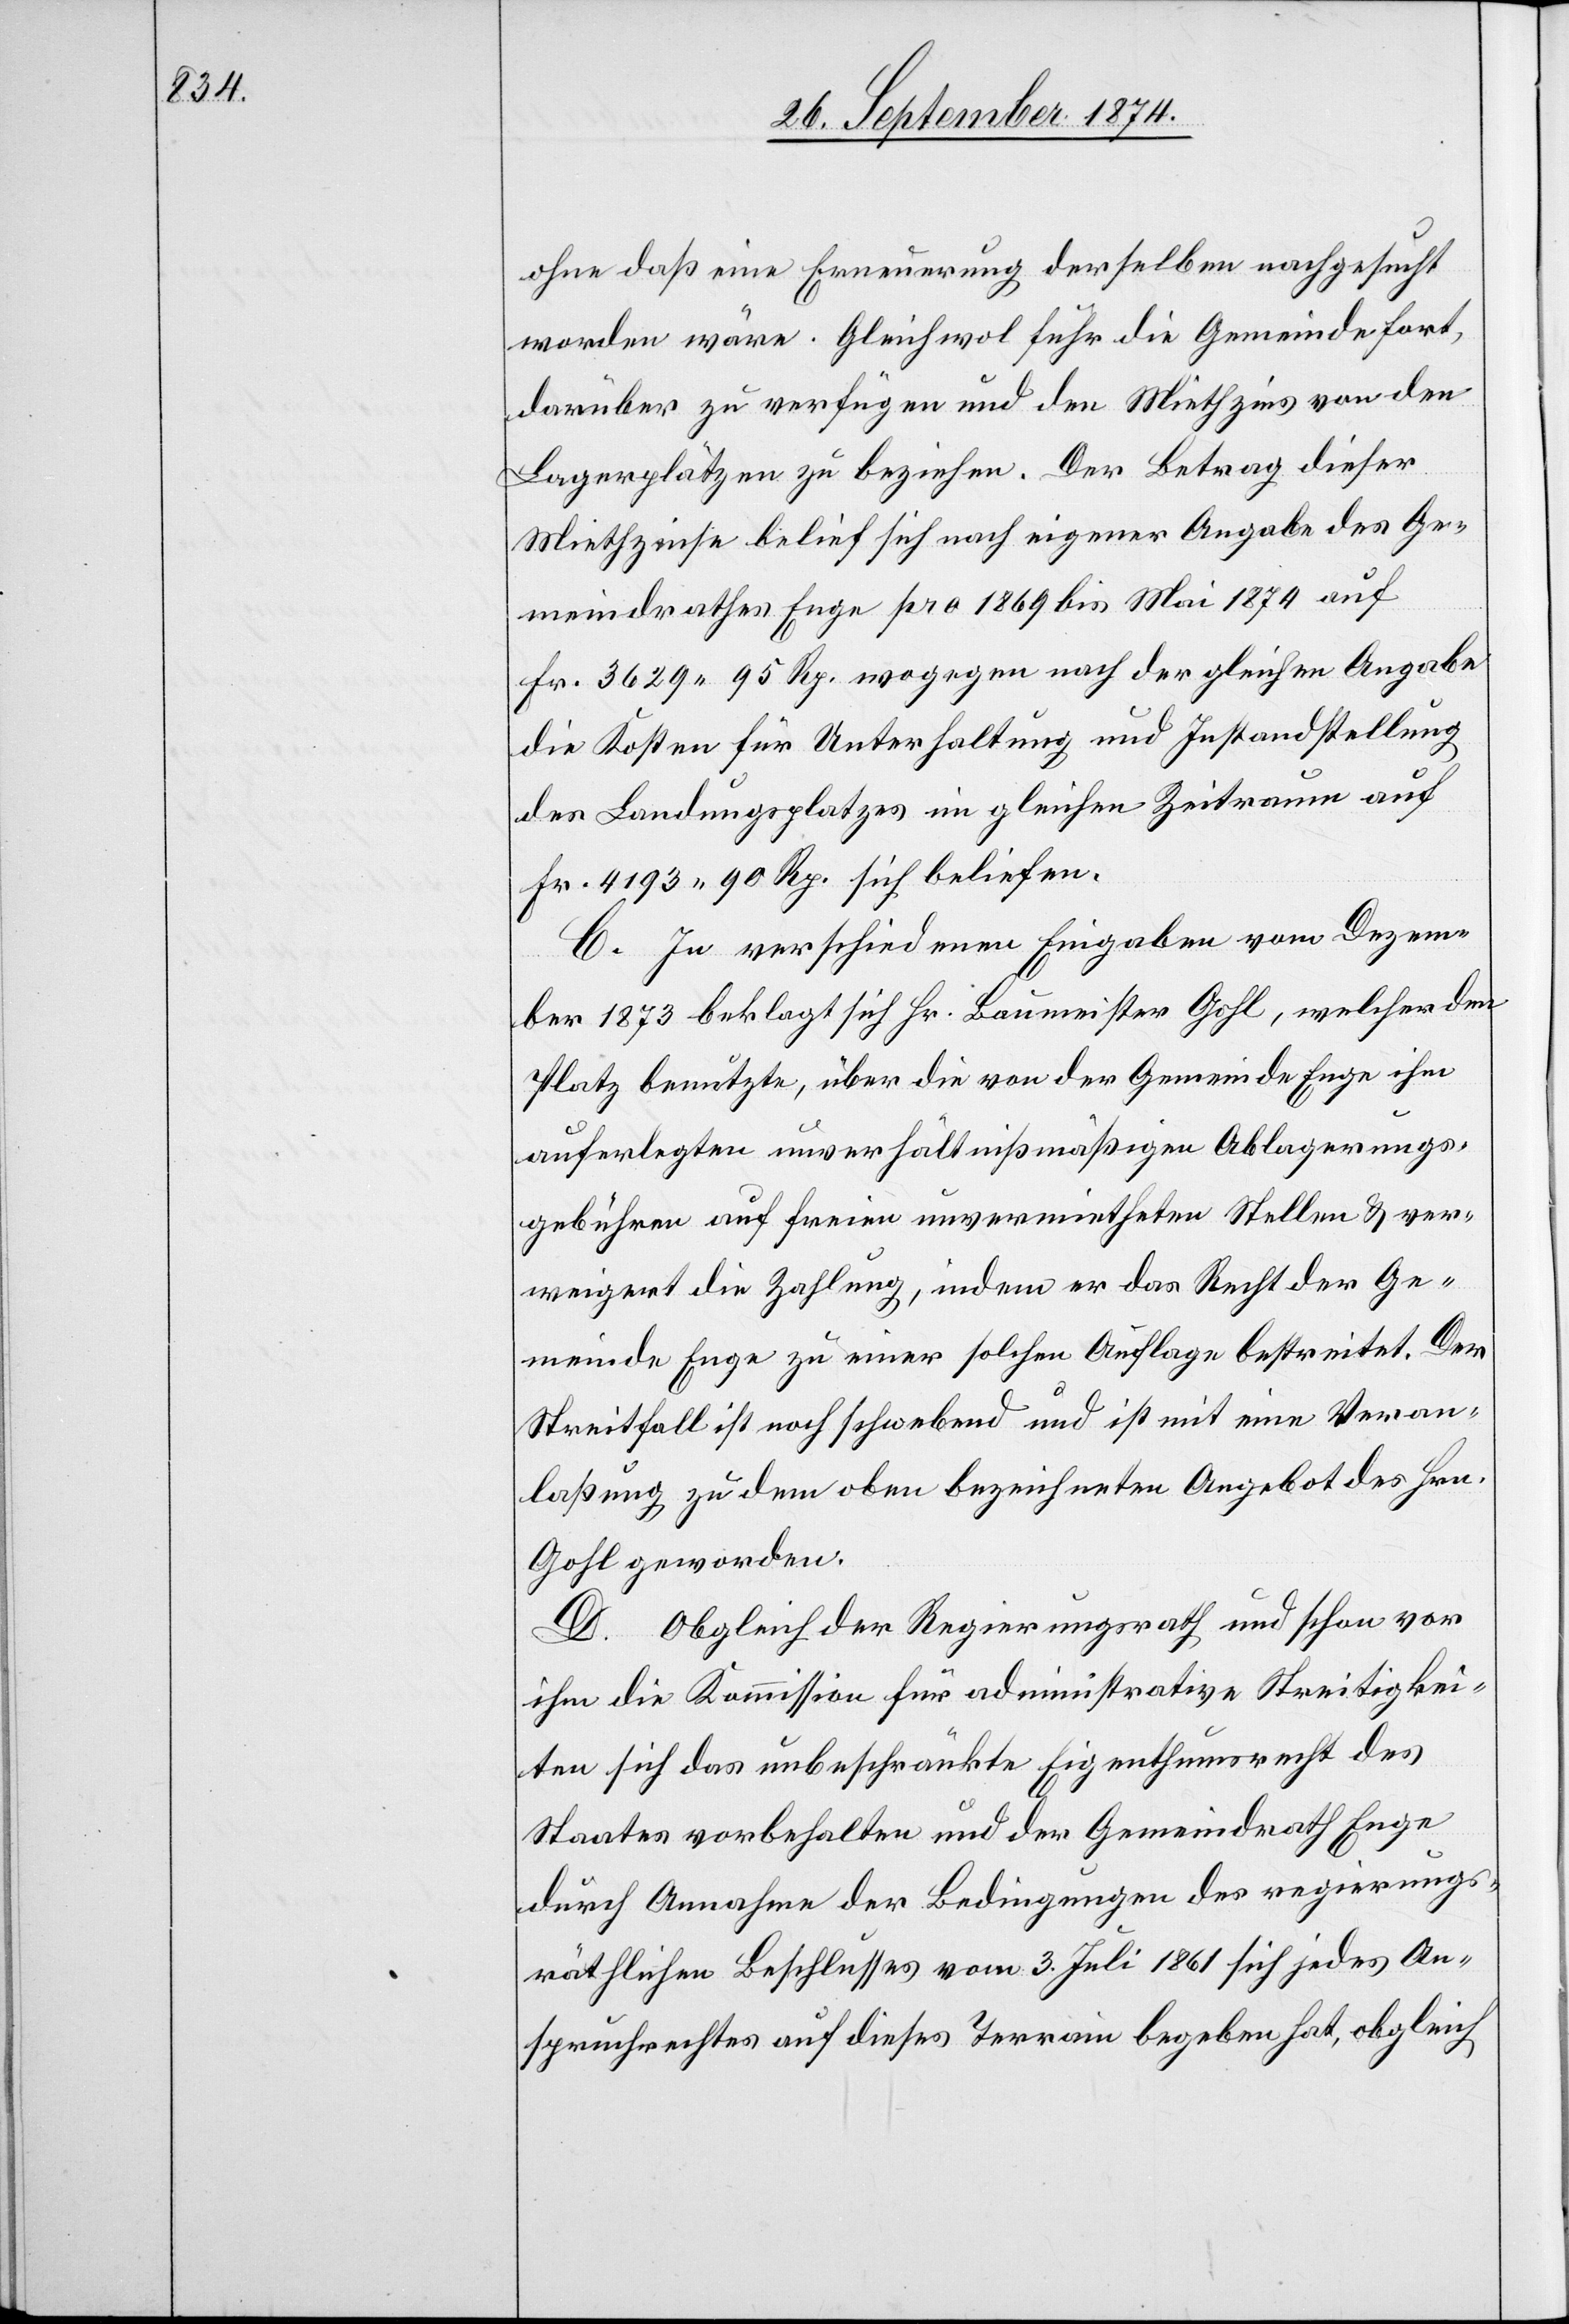
ohne daß eine Erneuerung derselben nachgesucht
worden wäre. Gleichwol fuhr die Gemeinde fort,
darüber zu verfügen und den Miethzins von den
Lagerplätzen zu beziehen. Der Betrag dieser
Miethzinse belief sich nach eigener Angabe des Ge¬
meindrathes Enge pro 1869 bis Mai 1874 auf
Fr. 3629.95 Rp. wogegen nach der gleichen Angabe
die Kosten für Unterhaltung und Instandstellung
des Landungsplatzes in gleichen Zeitraum auf
Fr. 4193.90 Rp. beliefen.
C. In verschiedenen Eingaben vom Dezem¬
ber 1873 beklagt sich Hr. Baumeister Gohl, welcher den
Platz benutzte, über die von der Gemeinde Enge ihm
auferlegten unverhältnißmäßigen Ablagerungs¬
gebühren auf freien unvermietheten Stellen & ver¬
weigert die Zahlung, indem er das Recht der Ge¬
meinde Enge zu einer solchen Auflage bestreitet. Der
Streitfall ist noch schwebend und ist mit eine Veran¬
laßung zu dem oben bezeichneten Angebot des Hrn.
Gohl geworden.
D. Obgleich der Regierungsrath und schon vor
ihm die Kommission für administrative Streitigkei¬
ten sich das unbeschränkte Eigenthumsrecht des
Staates vorbehalten und der Gemeindrath Enge
durch Annahme der Bedingungen des regierungs¬
räthlichen Beschlusses vom 3. Juli 1861 sich jedes An¬
spruchrechtes auf dieses Terrain begeben hat, obgleich